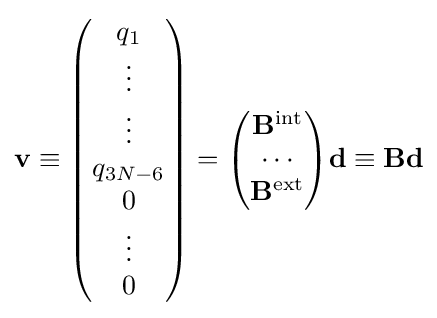
\mathbf {v} \equiv {\begin{pmatrix}q_{1}\\\vdots \\\vdots \\q_{3N-6}\\0\\\vdots \\0\\\end{pmatrix}}={\begin{pmatrix}\mathbf {B} ^{\mathrm {int} }\\\cdots \\\mathbf {B} ^{\mathrm {ext} }\\\end{pmatrix}}\mathbf {d} \equiv \mathbf {B} \mathbf {d}